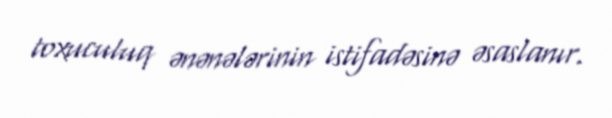
toxuculuq ənənələrinin istifadəsinə əsaslanır.